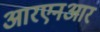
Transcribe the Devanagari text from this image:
आरएनआर